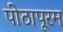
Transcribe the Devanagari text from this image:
पीठापूरम